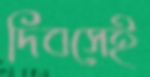
দিবসেই